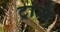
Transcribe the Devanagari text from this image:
ट्रांसै